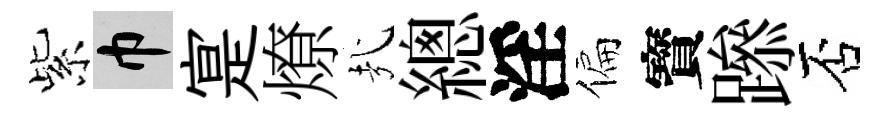
紫巾寔燎㢤總淫偏寳𨅶否